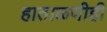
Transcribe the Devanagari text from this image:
हाताळणीही